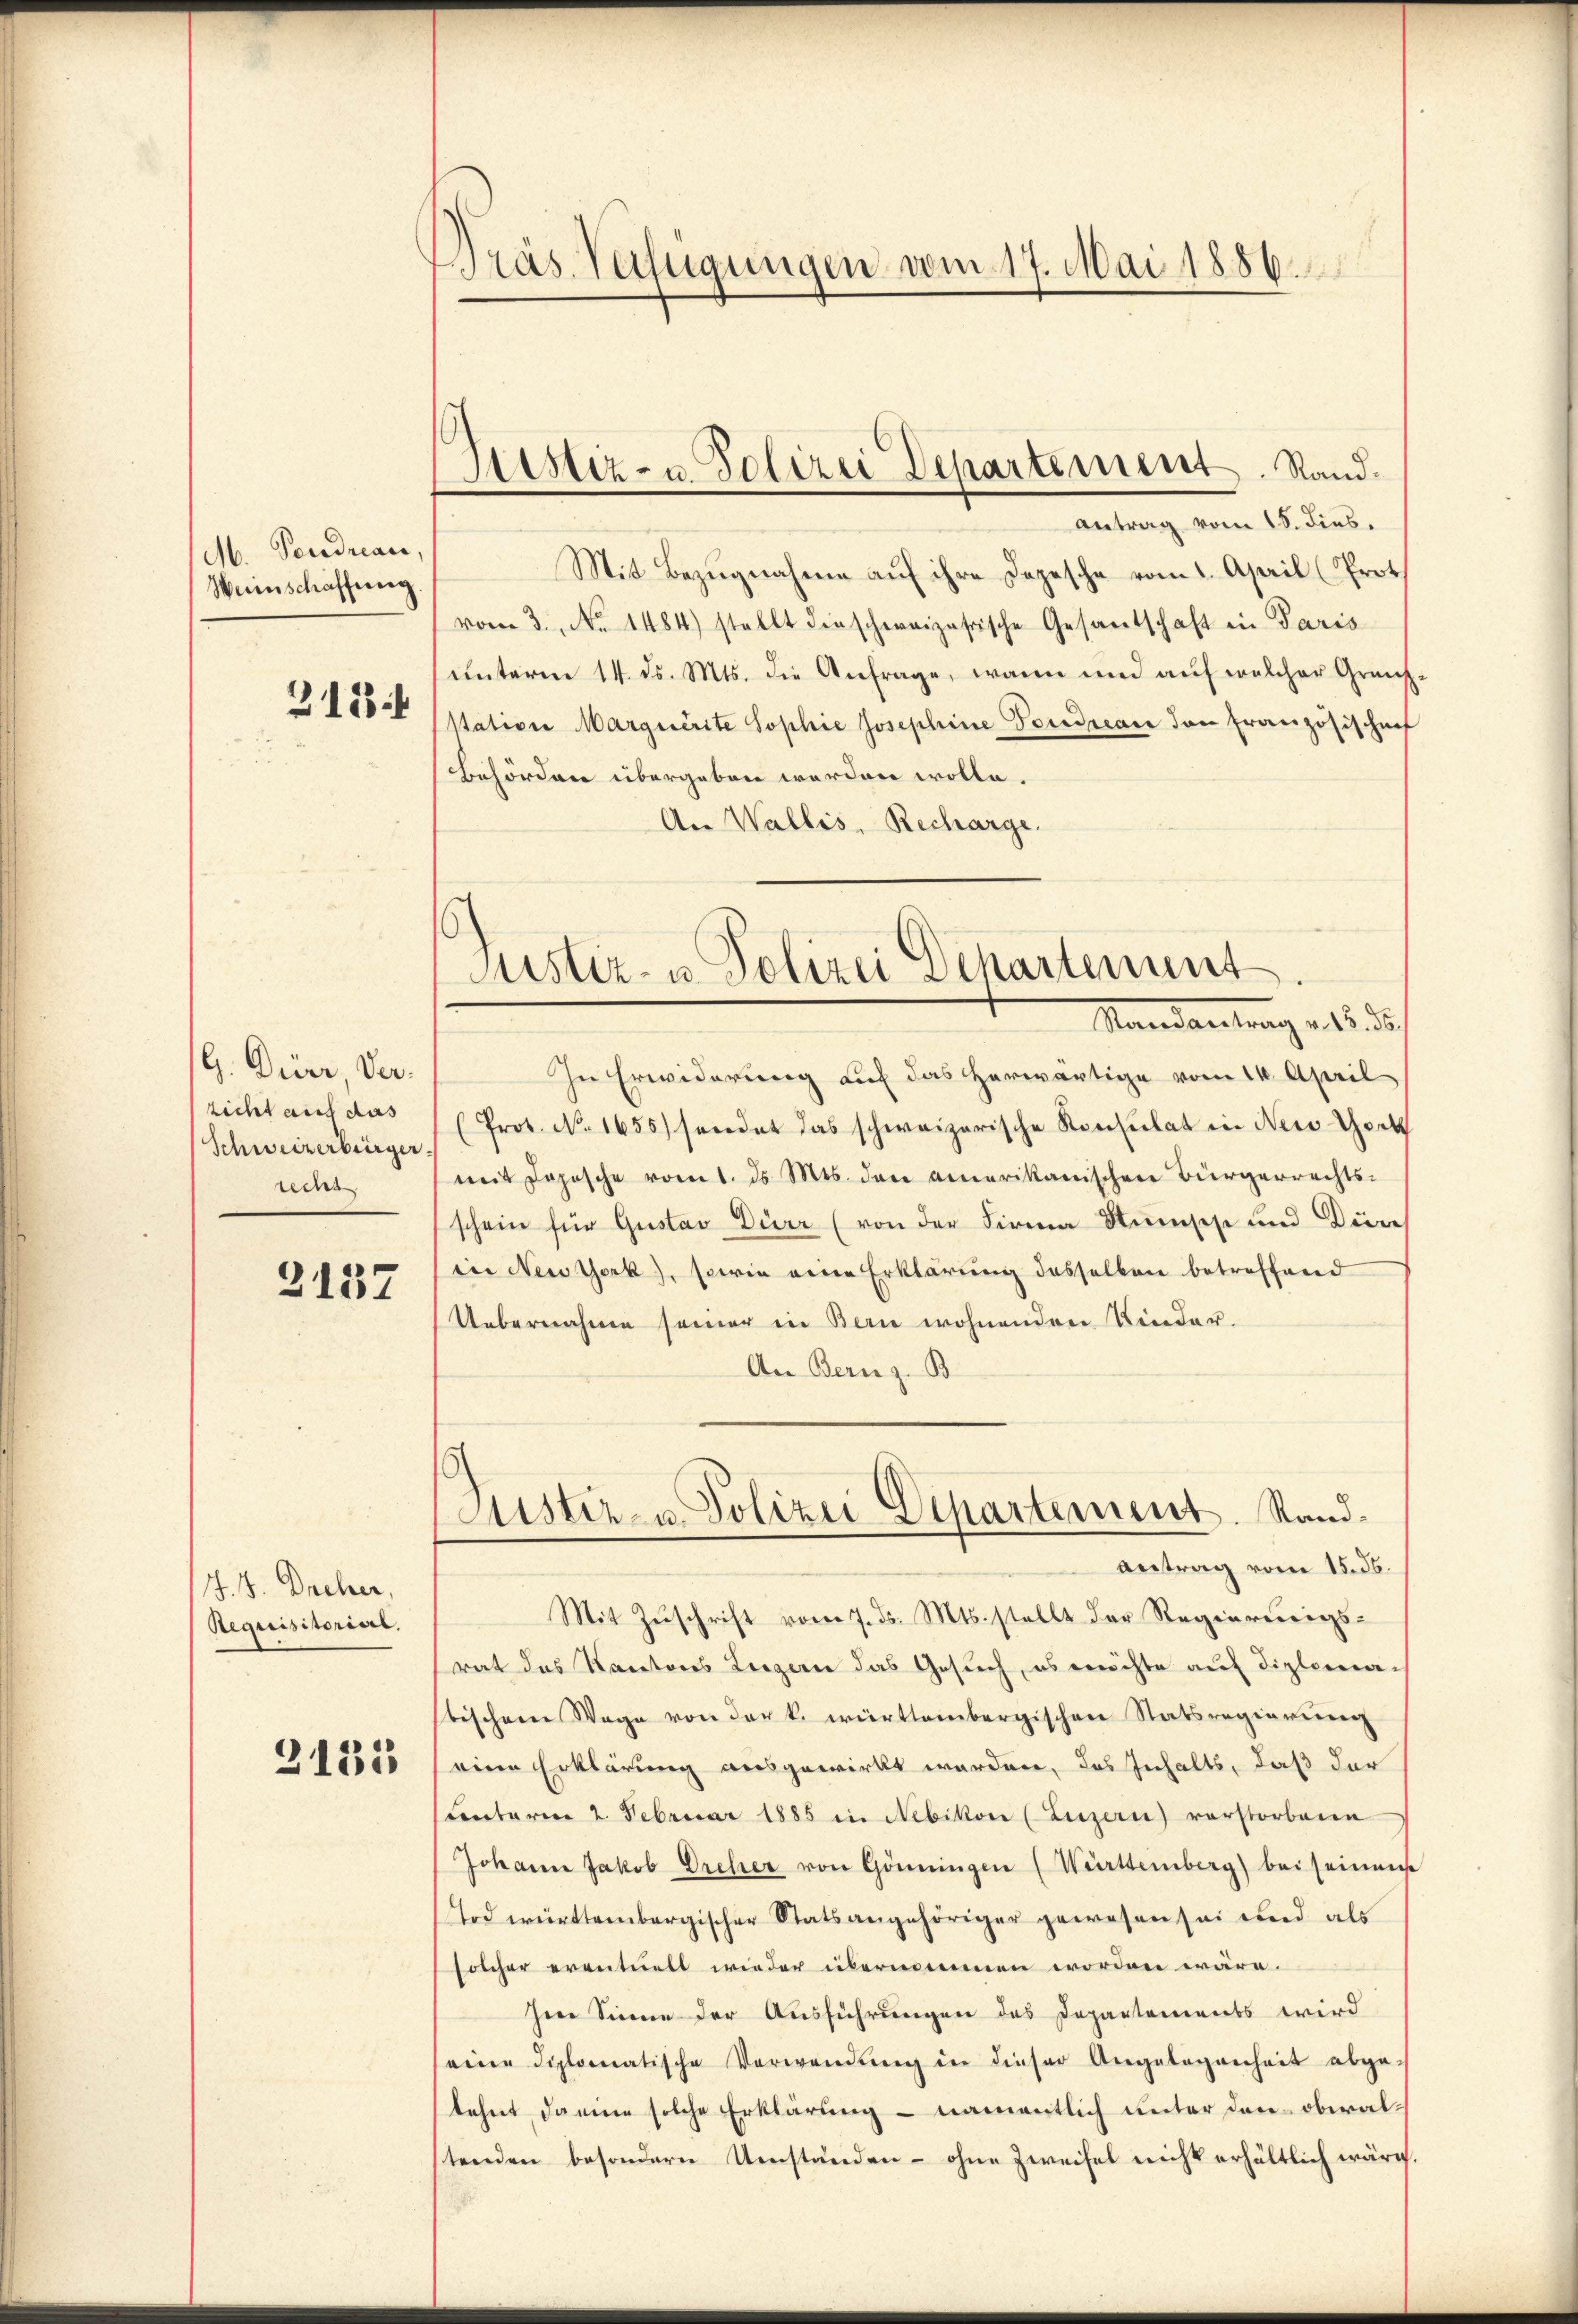
M. Pendreae,
Weinschaffung
313 f

G. Dürer Verzicht auf das
Schweizerbürger.
seens

2137

J. H. Dreher,
Requisitorial,

2133

ras. Verfügungen vom 17. Mai 1886.

Vestiz- u Polizei Departement. Sand¬

Justiz- u. Polizei Departement
Mandartung d. 15. des

Antrag vom 18. dies,
Mit Bezugnahme auf ihre Depesche vom 1. April (Prot
vom 3. No 1484) stellt dieschweizerische Gesantschaft in Paris
unterm 14. ds. Mts. die Anfrage, wann und auf welcher Grenz
station Marquerite Sophie Josephine Poredreare den Französischenf
Behörden übergeben worden wolle.
An Wallis, Recharge.
In Erwiderung auf das herwärtige vom 16. April
(Prot. No. 1655) sendet das schweizerische Konsulat in Neid Goeth
mit Jopische vom 1. d. Mts. der amerikanischen Bürgerrechts-
schein für Gustav Dürr (von der Firma Stumsehe und Düre
(in Newyerk), sowie eine Erklärung desselben betreffend
Uebernahme seiner in Bern wohnenden Kinder-
An Bern z. B.
ustiz- u. Polizei Departement. Sandantrag vom 15. ds.
Mit Zuschrift vom 7. ds. Mts. stellt der Regierungsrat das Kantons Luzern das Gesuch, es möchte auf diplomatischem Wage von der k. württembergischen Statsregierŭng
eine Erklärung ausgewirkt werden, das Inhalts, daß der
Centarie 2. Februar 1885 in Nebikon (Luzern) vorstorbene
Johann Jakob Dreher von Gönningen (Württeinberg) bei seines
Tod württembergischer Statsangehöriger gewesen sei und als
solcher eventuell wieder übernommen worden wäre.
Im Sinne der Ausführungen des Departements wird
seine diplomatische Verwendŭng in dieser Angelegenheit abge-
tehnt damine solche Erklärung – namentlich unter den obwaltenden besondern Umständen - ohne Zweifel nicht erhältlich wäre.